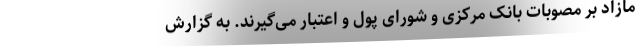
مازاد بر مصوبات بانک مرکزی و شورای پول و اعتبار می‌گیرند. به گزارش